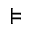
\models